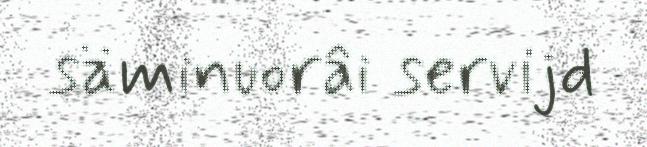
säminuorâi servijd